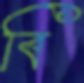
বি